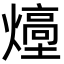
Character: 㸀